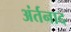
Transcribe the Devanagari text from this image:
अंर्तनाद